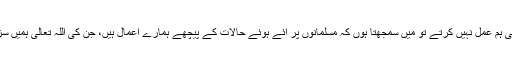
اس کے بعد بھی ہم عمل نہیں کرتے تو میں سمجھتا ہوں کہ مسلمانوں پر آئے ہوئے حالات کے پیچھے ہمارے اعمال ہیں، جن کی اللہ تعالیٰ ہمیں سزا دے رہا ہے۔